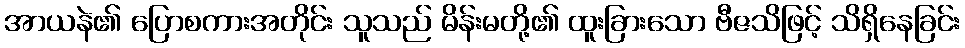
အာယနဲ၏ ပြောစကားအတိုင်း သူသည် မိန်းမတို့၏ ထူးခြားသော ဗီဇသိဖြင့် သိရှိနေခြင်း